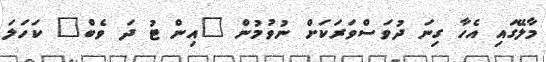
މާލޭގައި އެހާ ގިނަ ދުވަސްވަރަކަށް ނުވުމުން "އިން ޓު ދަ ވެބް" ކަހަލަ